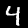
Digit: 4